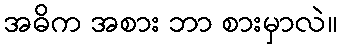
အဓိက အစား ဘာ စားမှာလဲ။